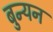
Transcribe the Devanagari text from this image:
बुन्यन